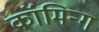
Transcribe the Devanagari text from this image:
कॉमिन्ग